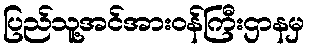
ပြည်သူ့အင်အားဝန်ကြီးဌာနမှ